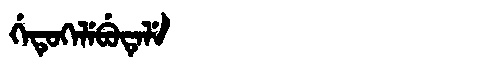
Manchu: ᡤᡝᡨᡠᡴᡝᠯᡝᠪᡠᡨᡝᠯᡝ
Romanization: GETUKELEBUTELE